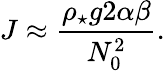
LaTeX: J\approx\frac{\rho_{\star}g2\alpha\beta}{N_{0}^{2}}.